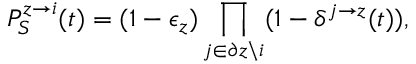
P _ { S } ^ { z \rightarrow i } ( t ) = ( 1 - \epsilon _ { z } ) \prod _ { j \in \partial z \backslash i } ( 1 - \delta ^ { j \rightarrow z } ( t ) ) ,